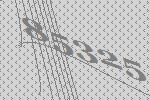
85325